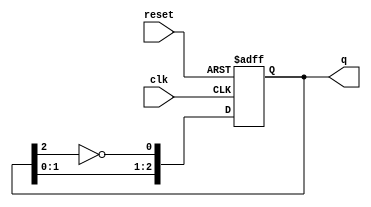
module johnson_counter (
    input wire clk,          // Clock input
    input wire reset,        // Asynchronous reset
    output reg [2:0] q       // 3-bit output
);

// State transition logic
always @(posedge clk or posedge reset) begin
    if (reset) begin
        q <= 3'b000;         // Initialize to 000 on reset
    end else begin
        q <= {q[1:0], ~q[2]}; // Shift left and feed back inverted last bit
    end
end

endmodule